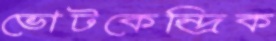
ভোটকেন্দ্রিক